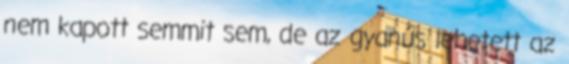
nem kapott semmit sem, de az gyanús lehetett az